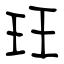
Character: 玨